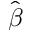
\hat { \boldsymbol \beta }